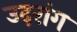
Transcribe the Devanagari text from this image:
उदरांग